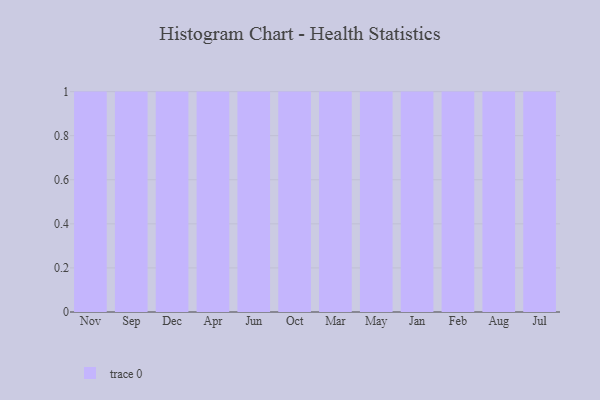
{"axis": {"x": "Month", "y": "Inventory Turnover"}, "legend": [""], "data": [{"x": "Nov", "y": 85, "type": ""}, {"x": "Sep", "y": 62, "type": ""}, {"x": "Dec", "y": 56, "type": ""}, {"x": "Apr", "y": 84, "type": ""}, {"x": "Jun", "y": 20, "type": ""}, {"x": "Oct", "y": 52, "type": ""}, {"x": "Mar", "y": 47, "type": ""}, {"x": "May", "y": 49, "type": ""}, {"x": "Jan", "y": 33, "type": ""}, {"x": "Feb", "y": 63, "type": ""}, {"x": "Aug", "y": 34, "type": ""}, {"x": "Jul", "y": 49, "type": ""}]}